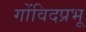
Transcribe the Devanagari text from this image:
गोंविदप्रभू